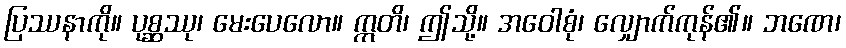
ပြဿနာကို။ ပုစ္ဆဿု၊ မေးပေလော။ ဣတိ၊ ဤသို့။ အဝေါစုံ၊ လျှောက်ကုန်၏။ ဘဏေ၊